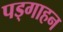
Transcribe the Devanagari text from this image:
पड्गाहन